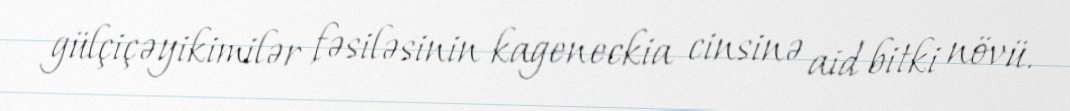
gülçiçəyikimilər fəsiləsinin kageneckia cinsinə aid bitki növü.